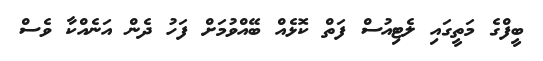
ބީފްގެ މަތީގައި ލެޓިއުސް ފަތް ކޮޅެއް ބޭއްވުމަށް ފަހު ދެން އަނެއްކާ ވެސް